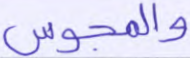
والمجوس